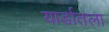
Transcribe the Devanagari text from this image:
यार्डातला